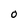
Character: O